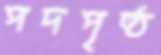
পদপৃষ্ঠ